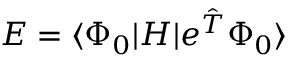
E = \langle \Phi _ { 0 } | H | e ^ { \hat { T } } \Phi _ { 0 } \rangle